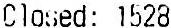
CLOSED: 1528